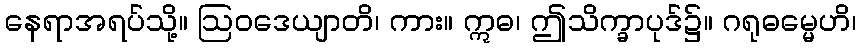
နေရာအရပ်သို့။ ဩဝဒေယျာတိ၊ ကား။ ဣဓ၊ ဤသိက္ခာပုဒ်၌။ ဂရုဓမ္မေဟိ၊